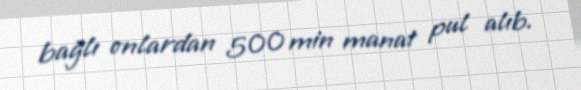
bağlı onlardan 500 min manat pul alıb.